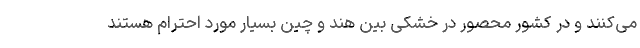
می‌کنند و در کشور محصور در خشکی بین هند و چین بسیار مورد احترام هستند